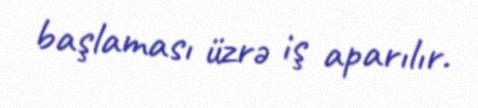
başlaması üzrə iş aparılır.